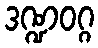
ဒဏ္ဍဝဂ္ဂ